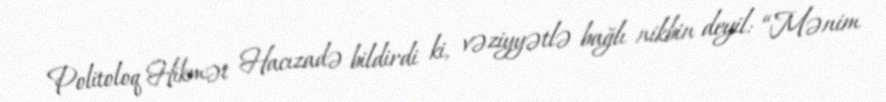
Politoloq Hikmət Hacızadə bildirdi ki, vəziyyətlə bağlı nikbin deyil: “Mənim